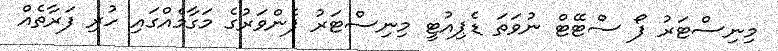
މިނިސްޓަރު ފޯ ސްޓޭޓް ނުވަތަ ޑެޕިއުޓީ މިނިސްޓަރު ފެންވަރުގެ މަގާމެއްގައި ހުރި ފަރާތެއް